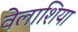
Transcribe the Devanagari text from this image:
वेलाशिया